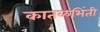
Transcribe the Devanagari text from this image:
कातळभिंती